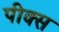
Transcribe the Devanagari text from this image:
पीक्स